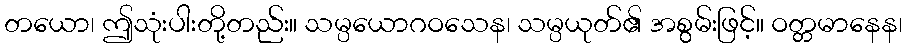
တယော၊ ဤသုံးပါးတို့တည်း။ သမ္ပယောဂဝသေန၊ သမ္ပယုတ်၏ အစွမ်းဖြင့်။ ဝတ္တမာနေန၊